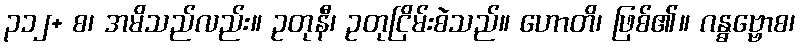
၃၁၂+ စ၊ အမိသည်လည်း။ ဥတုနီ၊ ဥတုငြိမ်းစဲသည်။ ဟောတိ၊ ဖြစ်၏။ ဂန္ဓဗ္ဗောစ၊